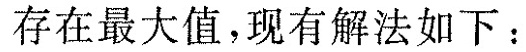
存在最大值，现有解法如下：